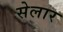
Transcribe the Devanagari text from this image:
सेलार